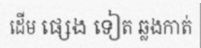
ដើម ផ្សេង ទៀត ឆ្លងកាត់